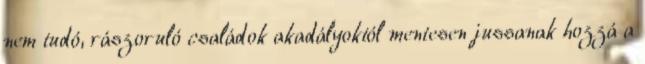
nem tudó, rászoruló családok akadályoktól mentesen jussanak hozzá a